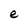
Character: e